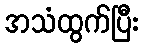
အသံထွက်ပြီး